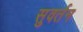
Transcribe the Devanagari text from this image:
सुवर्तन